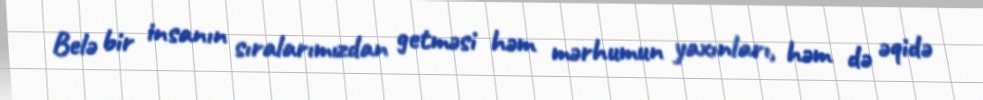
Belə bir insanın sıralarımızdan getməsi həm mərhumun yaxınları, həm də əqidə